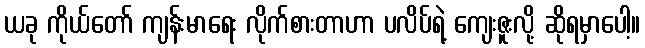
ယခု ကိုယ်တော် ကျန်းမာရေး လိုက်စားတာဟာ ပလိပ်ရဲ့ ကျေးဇူးလို့ ဆိုရမှာပေါ့။